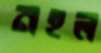
নহল